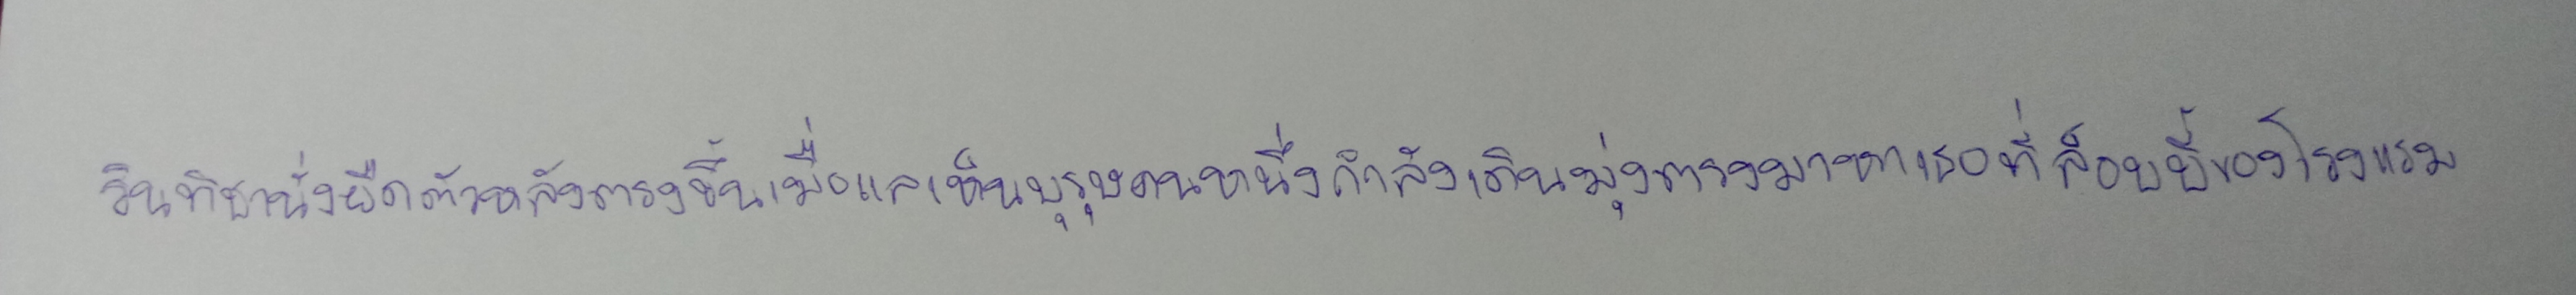
รินทิชานั่งยืดตัวหลังตรงขึ้นเมื่อแลเห็นบุรุษคนหนึ่งกำลังเดินมุ่งตรงมาหาเธอที่ล็อบบี้ของโรงแรม